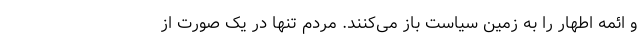
و ائمه اطهار را به زمین سیاست باز می‌کنند. مردم تنها در یک صورت از